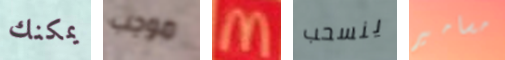
يمكنك موجب M ينسحب مسامير